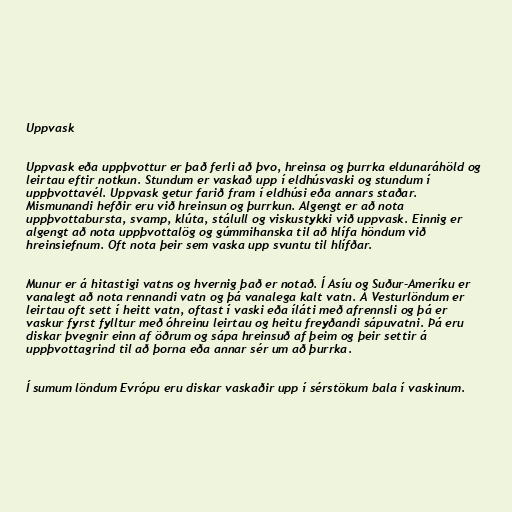
Uppvask

Uppvask eða uppþvottur er það ferli að þvo, hreinsa og þurrka eldunaráhöld og
leirtau eftir notkun. Stundum er vaskað upp í eldhúsvaski og stundum í
uppþvottavél. Uppvask getur farið fram í eldhúsi eða annars staðar.
Mismunandi hefðir eru við hreinsun og þurrkun. Algengt er að nota
uppþvottabursta, svamp, klúta, stálull og viskustykki við uppvask. Einnig er
algengt að nota uppþvottalög og gúmmihanska til að hlífa höndum við
hreinsiefnum. Oft nota þeir sem vaska upp svuntu til hlífðar.

Munur er á hitastigi vatns og hvernig það er notað. Í Asíu og Suður-Ameríku er
vanalegt að nota rennandi vatn og þá vanalega kalt vatn. Á Vesturlöndum er
leirtau oft sett í heitt vatn, oftast í vaski eða íláti með afrennsli og þá er
vaskur fyrst fylltur með óhreinu leirtau og heitu freyðandi sápuvatni. Þá eru
diskar þvegnir einn af öðrum og sápa hreinsuð af þeim og þeir settir á
uppþvottagrind til að þorna eða annar sér um að þurrka.

Í sumum löndum Evrópu eru diskar vaskaðir upp í sérstökum bala í vaskinum.